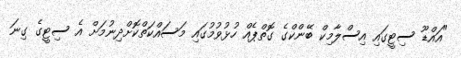
"އައްޑޫ ސިޓީގައި އިސްލާމިކް ބޭންކްގެ ގޮތްޕެއް ހުޅުވުމުގައި މަސައްކަތްކޮށްދިނުމަށް އެ ސިޓީގެ ގިނަ